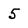
Character: 5